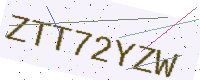
Text: ZTT72YZW